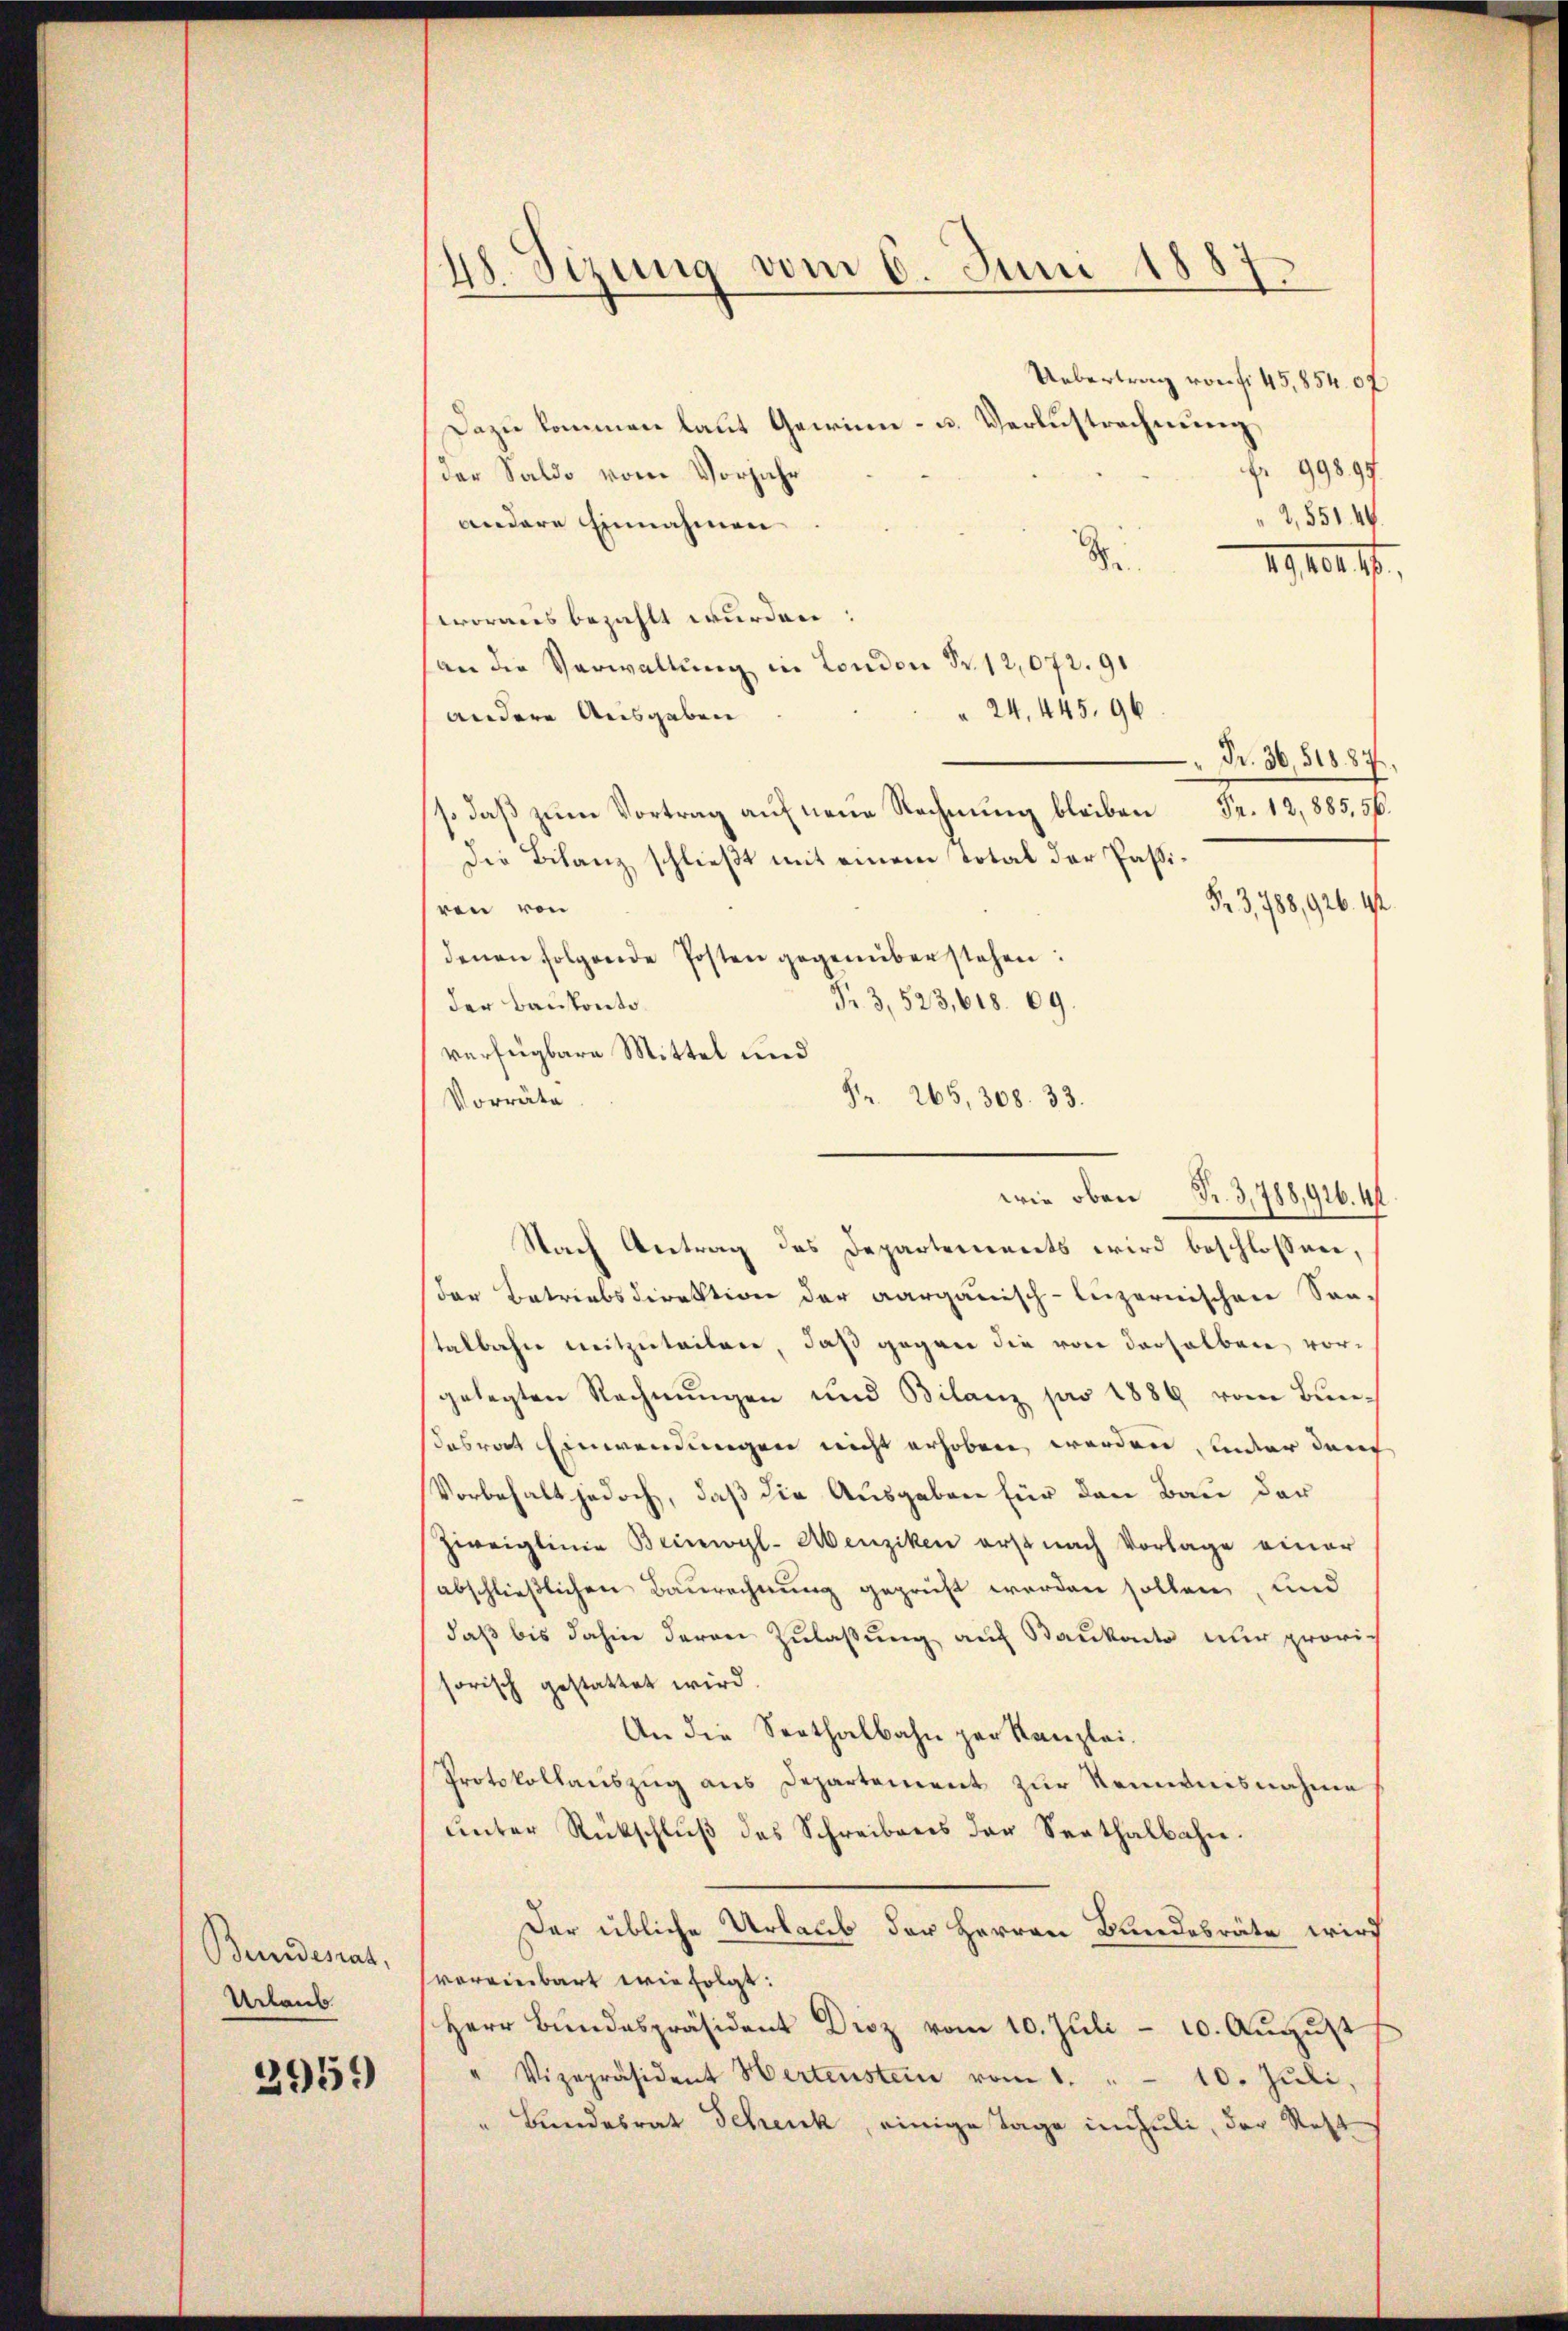
Beundesrat,
Urlaub

2951)

48. Sizung vom 6. Juni 1887.

Uebertrag von fr. 45,8540f
Dazu kommen laut Gewinn- u. Verlustrechnung
fr 99897.
der Saldo vom Vorjahr
2, 551. 44
andere Einnahmen
.
1910. 17.
woraus bezahlt wurden
an die Verwaltung in London Fr. 12,072. 91
24, 445. 96
andere Ausgaben
Fr. 12,885, 56.
so daβ zŭm Vortrag auf neue Rechnung bleiben
Die Bilanz schließt mit einem Total der Passi¬
Fr. 3, 788, 926. 142.
ren von
denen folgende Posten gegenüberstehen:
Fr. 3, 523,618. 69.
der Baukonto.
verfügbare Mittel und
Fr. 265, 308. 33.
Vorräte
wie oben Fr. 3,788,916. 41
Nach Antrag des Departements wird beschlossen,
Der Betriebsdirektion der aargauisch-luzernischen Son-
talbahn mitzuteilen, daß gegen die von derselben vorgelegten Rechnungen und Bilanz pro 1889 vom Bundesrat Einwendungen nicht erhoben worden, ander darf
Vorbehalt jedoch, daß die Ausgaben für den Bau der
Zweiglinie Beinwyl-Menziken erst nach Vorlage einer
abschließlichen Baurechnung geprüft worden sollen, und
daß bis dahin deren Zulaßung auf Baukanto nur provi-
sorisch gestattet wird.
An die Seethalbahn her Kanzlei-
Protokollauszug aus Departement zur Kenntnisnahme
ŭnter Rückschlŭβ des Schreibens der Seethalbahn.
Der übliche Urlaub der Herren Bundesräte wird
vorrierbart wie folgt:
Herr Bundespräsident Droz vom 10. Juli - 10. August
" Vizepräsident Hertenstein vom 1. " 10. Jŭli,
" Bundesrat Schenk, einige Tage im Juli, der Rest

Nr. 30, 51887.